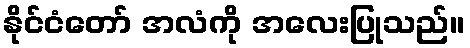
နိုင်ငံတော် အလံကို အလေးပြုသည်။